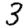
Digit: 3